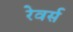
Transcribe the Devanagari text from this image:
रेवर्स